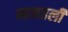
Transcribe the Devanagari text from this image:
म्हनतली